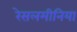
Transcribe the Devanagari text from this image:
रेसलमीनिया